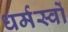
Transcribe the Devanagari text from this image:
धर्मस्वों